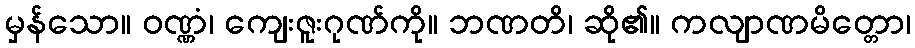
မှန်သော။ ဝဏ္ဏံ၊ ကျေးဇူးဂုဏ်ကို။ ဘဏတိ၊ ဆို၏။ ကလျာဏမိတ္တော၊